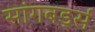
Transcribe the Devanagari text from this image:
सांगबर्ड्स